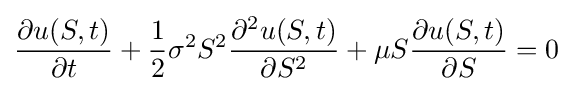
{\frac {\partial u(S,t)}{\partial t}}+{\frac {1}{2}}\sigma ^{2}S^{2}{\frac {\partial ^{2}u(S,t)}{\partial S^{2}}}+\mu S{\frac {\partial u(S,t)}{\partial S}}=0